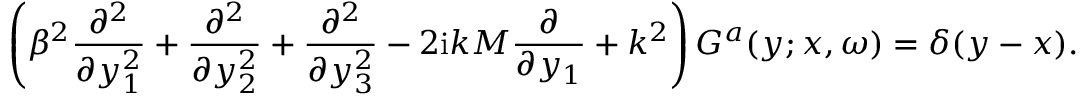
\left( \beta ^ { 2 } \frac { \partial ^ { 2 } } { \partial y _ { 1 } ^ { 2 } } + \frac { \partial ^ { 2 } } { \partial y _ { 2 } ^ { 2 } } + \frac { \partial ^ { 2 } } { \partial y _ { 3 } ^ { 2 } } - 2 \mathrm { i } k M \frac { \partial } { \partial y _ { 1 } } + k ^ { 2 } \right) G ^ { a } ( \boldsymbol { y } ; \boldsymbol { x } , \omega ) = \delta ( \boldsymbol { y } - \boldsymbol { x } ) .